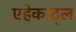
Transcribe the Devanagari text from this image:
एहेकाट्ल